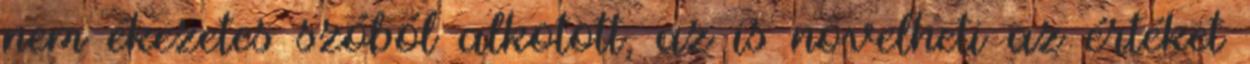
nem ékezetes szóból alkotott, az is növelheti az értéket